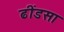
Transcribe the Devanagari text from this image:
ढींडसा